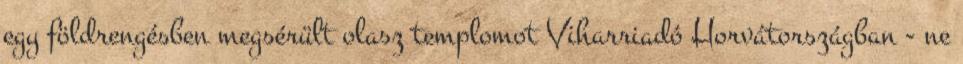
egy földrengésben megsérült olasz templomot Viharriadó Horvátországban - ne